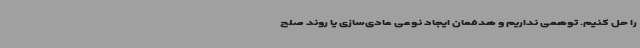
را حل کنیم. توهمی نداریم و هدفمان ایجاد نوعی عادی‌سازی یا روند صلح